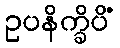
ဥပနိက္ခိပိံ